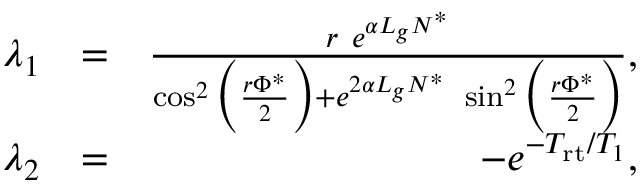
\begin{array} { r l r } { \lambda _ { 1 } } & { = } & { \frac { r \ e ^ { \alpha L _ { g } N ^ { * } } } { \cos ^ { 2 } \Big ( \frac { r \Phi ^ { * } } { 2 } \Big ) + e ^ { 2 \alpha L _ { g } N ^ { * } } \ \sin ^ { 2 } \Big ( \frac { r \Phi ^ { * } } { 2 } \Big ) } , } \\ { \lambda _ { 2 } } & { = } & { - e ^ { - T _ { \mathrm { r t } } / T _ { 1 } } , } \end{array}